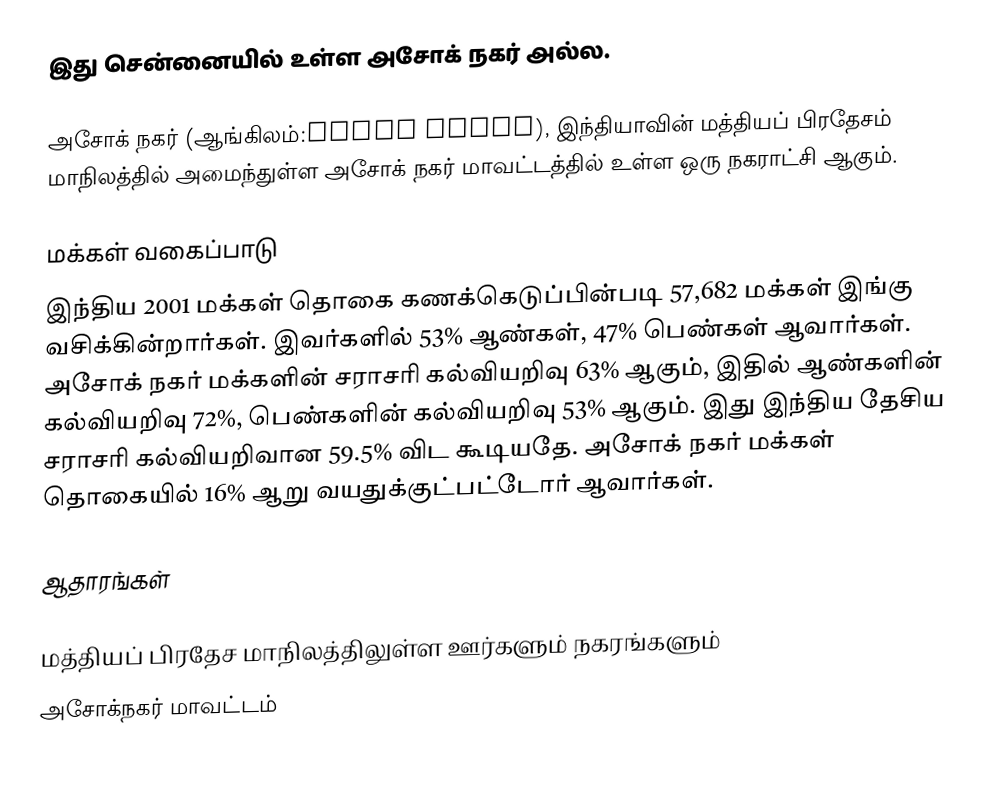
இது சென்னையில் உள்ள அசோக் நகர் அல்ல.

அசோக் நகர் (ஆங்கிலம்:Ashok Nagar), இந்தியாவின் மத்தியப் பிரதேசம் மாநிலத்தில் அமைந்துள்ள அசோக் நகர் மாவட்டத்தில் உள்ள ஒரு நகராட்சி ஆகும்.

மக்கள் வகைப்பாடு
இந்திய 2001 மக்கள் தொகை கணக்கெடுப்பின்படி 57,682 மக்கள் இங்கு வசிக்கின்றார்கள். இவர்களில் 53% ஆண்கள், 47% பெண்கள் ஆவார்கள். அசோக் நகர் மக்களின் சராசரி கல்வியறிவு 63% ஆகும்,  இதில் ஆண்களின் கல்வியறிவு 72%,  பெண்களின் கல்வியறிவு 53% ஆகும். இது இந்திய தேசிய சராசரி கல்வியறிவான 59.5% விட கூடியதே. அசோக் நகர் மக்கள் தொகையில் 16%  ஆறு வயதுக்குட்பட்டோர் ஆவார்கள்.

ஆதாரங்கள்

மத்தியப் பிரதேச மாநிலத்திலுள்ள ஊர்களும் நகரங்களும்
அசோக்நகர் மாவட்டம்